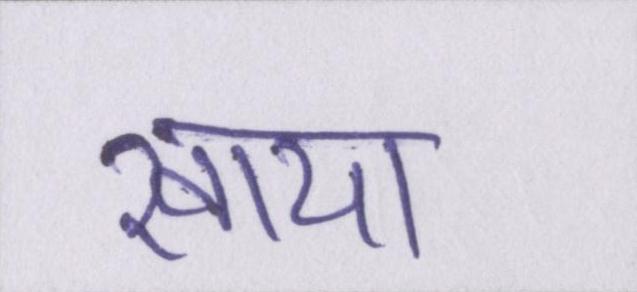
खाया